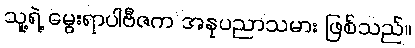
သူ့ရဲ့ မွေးရာပါဗီဇက အနုပညာသမား ဖြစ်သည်။